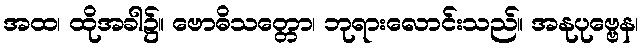
အထ၊ ထိုအခါ၌။ ဗောဓိသတ္တော၊ ဘုရားလောင်းသည်။ အနုပုဗ္ဗေန၊